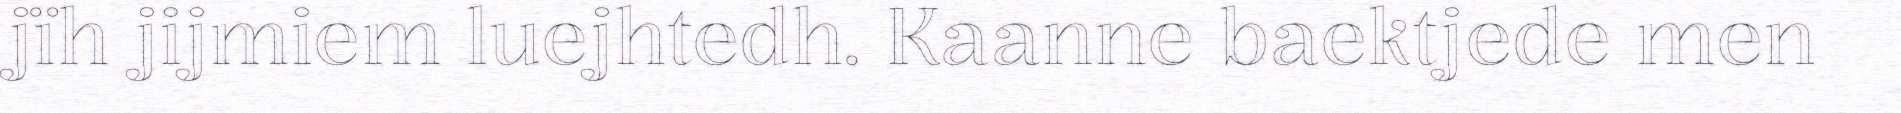
jïh jijmiem luejhtedh. Kaanne baektjede men